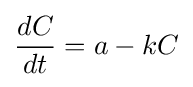
{\frac {dC}{dt}}=a-kC